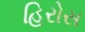
હિરોસ